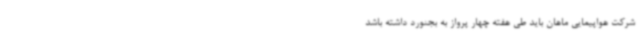
شرکت هواپیمایی ماهان باید طی هفته چهار پرواز به بجنورد داشته باشد